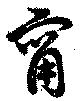
甯